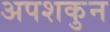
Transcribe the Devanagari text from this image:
अपशकुुन